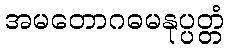
အမတောဂဓမနုပ္ပတ္တံ